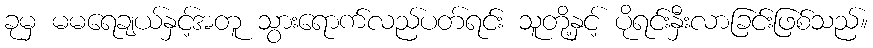
ခုမှ မမရေချယ်နှင့်အတူ သွားရောက်လည်ပတ်ရင်း သူတို့နှင့် ပိုရင်းနှီးလာခြင်းဖြစ်သည်။